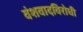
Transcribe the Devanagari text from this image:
वंशवादविरोधी